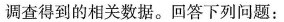
调查得到的相关数据。回答下列问题：